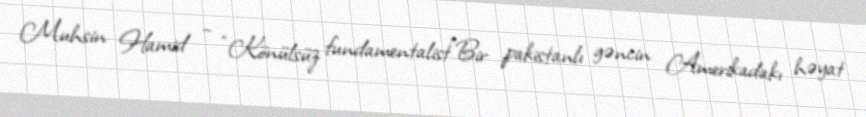
Muhsin Hamid – “Könülsüz fundamentalist”Bir pakistanlı gəncin Amerikadakı həyat